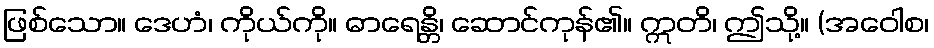
ဖြစ်သော။ ဒေဟံ၊ ကိုယ်ကို။ ဓာရေန္တိ၊ ဆောင်ကုန်၏။ ဣတိ၊ ဤသို့။ (အဝေါစ၊